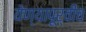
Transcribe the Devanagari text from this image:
येण्यापूर्वींच